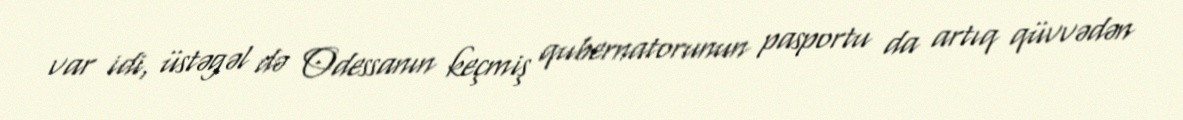
var idi, üstəgəl də Odessanın keçmiş qubernatorunun pasportu da artıq qüvvədən